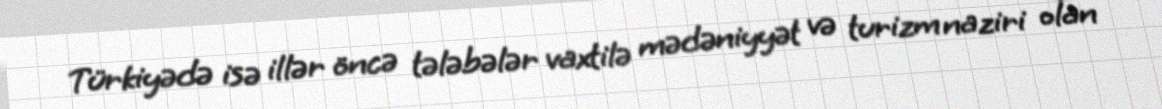
Türkiyədə isə illər öncə tələbələr vaxtilə mədəniyyət və turizm naziri olan